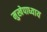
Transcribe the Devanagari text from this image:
मुखेपाध्याय